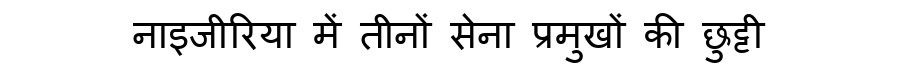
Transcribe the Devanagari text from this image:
नाइजीरिया में तीनों सेना प्रमुखों की छुट्टी